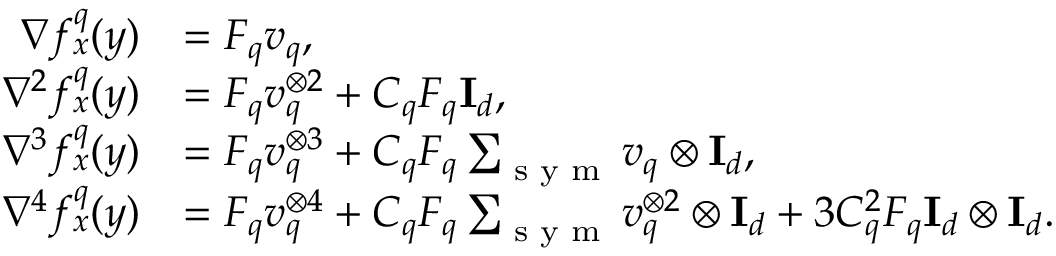
\begin{array} { r l } { \nabla f _ { x } ^ { q } ( y ) } & { = F _ { q } v _ { q } , } \\ { \nabla ^ { 2 } f _ { x } ^ { q } ( y ) } & { = F _ { q } v _ { q } ^ { \otimes 2 } + C _ { q } F _ { q } \mathbf { I } _ { d } , } \\ { \nabla ^ { 3 } f _ { x } ^ { q } ( y ) } & { = F _ { q } v _ { q } ^ { \otimes 3 } + C _ { q } F _ { q } \sum _ { \textup { s y m } } v _ { q } \otimes \mathbf { I } _ { d } , } \\ { \nabla ^ { 4 } f _ { x } ^ { q } ( y ) } & { = F _ { q } v _ { q } ^ { \otimes 4 } + C _ { q } F _ { q } \sum _ { \textup { s y m } } v _ { q } ^ { \otimes 2 } \otimes \mathbf { I } _ { d } + 3 C _ { q } ^ { 2 } F _ { q } \mathbf { I } _ { d } \otimes \mathbf { I } _ { d } . } \end{array}